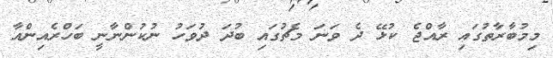
މިމުބާރާތުގައި ރާއްޖެ ކުޅޭ ދެ ވަނަ މެޗުގައި ބުދަ ދުވަހު ނުކުންނާނީ ބަހްރެއިންއާ